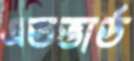
এডভার্ড